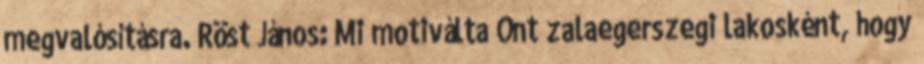
megvalósításra. Röst János: Mi motiválta Önt zalaegerszegi lakosként, hogy